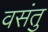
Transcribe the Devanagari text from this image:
वसंतु